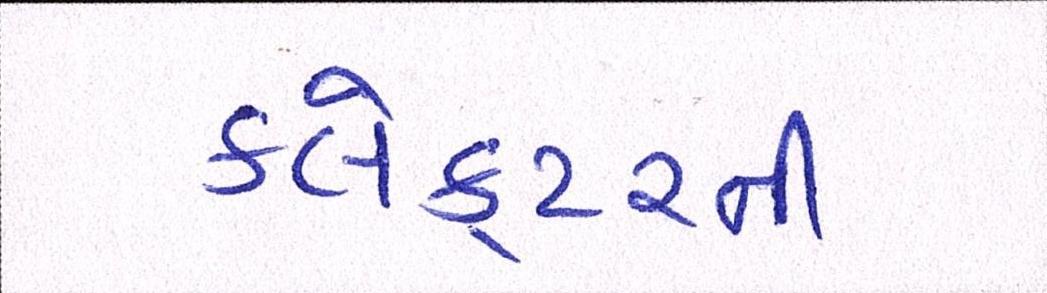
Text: કલેક્ટરની